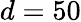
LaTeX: d=50